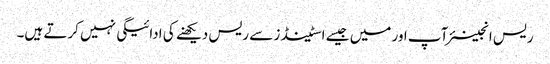
ریس انجینئر آپ اور میں جیسے اسٹینڈز سے ریس دیکھنے کی ادائیگی نہیں کرتے ہیں۔